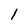
Character: 1